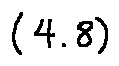
( 4 . 8 )